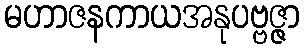
မဟာဇနကာယအနုပဗ္ဗဇ္ဇာ